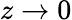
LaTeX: z\rightarrow 0